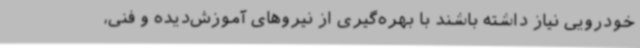
خودرویی نیاز داشته باشند با بهره‌گیری از نیروهای آموزش‌دیده و فنی،